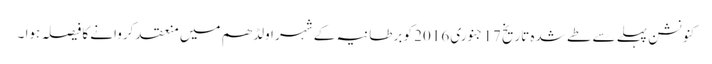
کنونشن پہلے سے طے شدہ تاریخ 17 جنوری 2016 کو برطانیہ کے شہر اولڈھم میں منعقد کروانے کا فیصلہ ہوا ۔